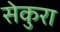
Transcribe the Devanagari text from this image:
सेकुरा